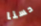
حسنا